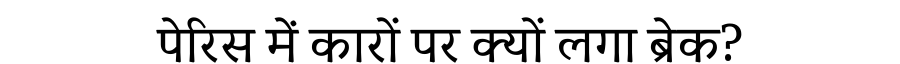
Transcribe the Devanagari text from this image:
पेरिस में कारों पर क्यों लगा ब्रेक?